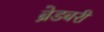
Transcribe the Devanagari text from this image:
ब्रेडबरी